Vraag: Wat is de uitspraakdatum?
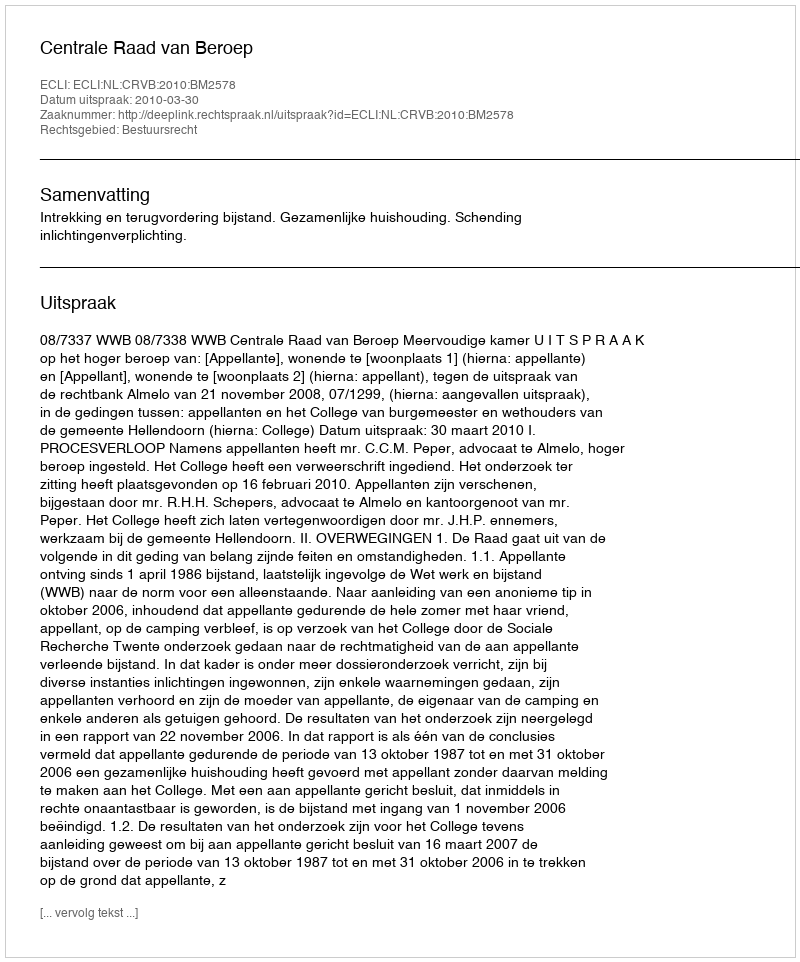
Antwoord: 2010-03-30